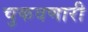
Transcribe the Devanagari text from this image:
चुकवणारी